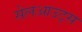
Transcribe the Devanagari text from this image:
सेलआउट्स